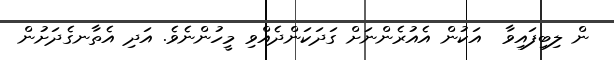
ން ލިބިފައިވާ  އަކުން އެއުރެންނަށް ގަދަކަންދެއްވި މީހުންނެވެ. އަދި އެތާނގެދަށުން